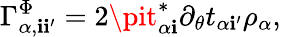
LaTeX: \Gamma_{\alpha,\mathbf{i}\mathbf{i}^{\prime}}^{\Phi}=2\pit_{\alpha\mathbf{i}}^{*}\partial_{\theta}t_{\alpha\mathbf{i}^{\prime}}\rho_{\alpha},